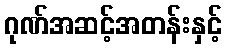
ဂုဏ်အဆင့်အတန်းနှင့်